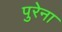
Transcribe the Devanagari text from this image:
पुरेना